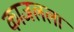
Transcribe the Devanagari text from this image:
काजलला